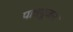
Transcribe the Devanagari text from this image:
पात्रपूजन